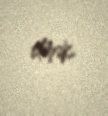
etmək.